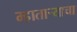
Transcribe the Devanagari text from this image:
म्हातार्‍याचा